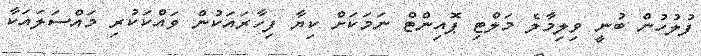
ފުލުހުން ބުނީ ވިލިމާލެ މަލްޓި ޕޮއިންޓް ނަމަކަށް ކިޔާ ފިހާރައަކުން ވައްކަކުރި މައްސަލައަކާ